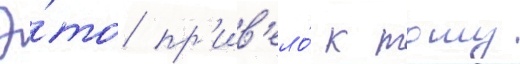
Э́то пр'ив'ело́ к тому